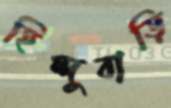
হিন্দুবাড়ি